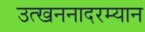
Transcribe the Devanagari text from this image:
उत्खननादरम्यान